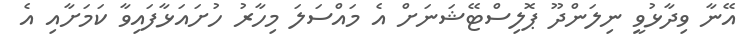
އޭނާ ވިދާޅުވީ ނިލަންދޫ ޕޮލިސްޓޭޝަނަށް އެ މައްސަލަ މިހާރު ހުށައަޅާފައިވާ ކަމަށާއި އެ